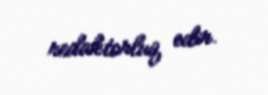
redaktorluq edir.